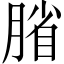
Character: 𫆦